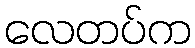
လေတပ်က